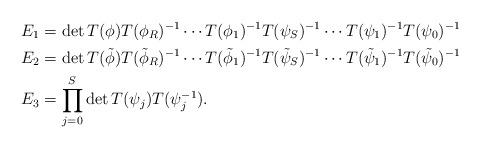
LaTeX: \begin{align*}E_1 &= \det T(\phi) T(\phi_R)^{-1}\cdots T(\phi_1)^{-1} T(\psi_S)^{-1}\cdots T(\psi_1)^{-1} T(\psi_0)^{-1}\\E_2 &= \det T(\tilde{\phi}) T(\tilde{\phi}_R)^{-1}\cdots T(\tilde{\phi}_1)^{-1}T(\tilde{\psi}_S)^{-1}\cdots T(\tilde{\psi}_1)^{-1} T(\tilde{\psi}_0)^{-1}\\E_3 &= \prod_{j=0}^S\det T(\psi_j)T(\psi_j^{-1}).\end{align*}